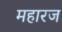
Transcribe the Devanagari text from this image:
महारज